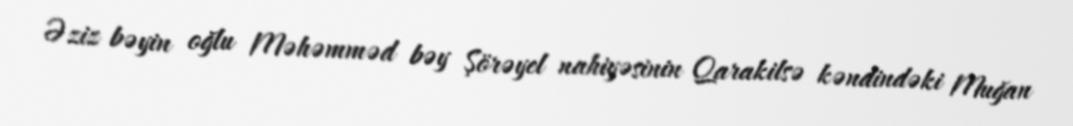
Əziz bəyin oğlu Məhəmməd bəy Şörəyel nahiyəsinin Qarakilsə kəndindəki Muğan